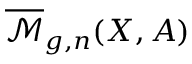
{ \overline { { \mathcal { M } } } } _ { g , n } ( X , A )